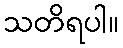
သတိရပါ။